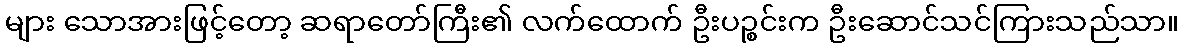
များ သောအားဖြင့်တော့ ဆရာတော်ကြီး၏ လက်ထောက် ဦးပဉ္စင်းက ဦးဆောင်သင်ကြားသည်သာ။